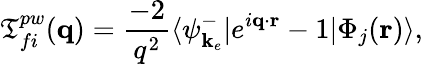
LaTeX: \mathfrak{T}_{fi}^{pw}(\mathbf{{q}})=\frac{{-2}}{{q^{2}}}\langle\psi_{\mathbf{{k}}_{e}}^{-}|e^{i\mathbf{{q}}\cdot\mathbf{{r}}}-1|\Phi_{j}(\mathbf{{r}})\rangle,